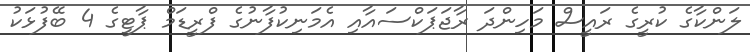
ލަންކާގެ ކުރީގެ ރައީސް މަހިންދަ ރާޖަޕަކްސައާއި އެމަނިކުފާނުގެ ފްރީޑަމް ޕާޓީގެ 4 ބޭފުޅަކު